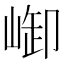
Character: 𪩆